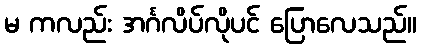
မ ကလည်း အင်္ဂလိပ်လိုပင် ပြောလေသည်။